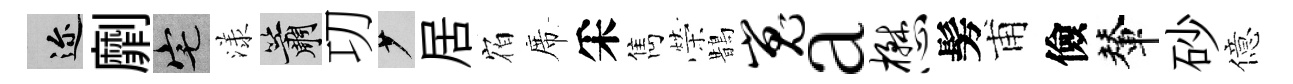
邇劘宅漾簫㓛少居𪧐席采雋榮鵲嵬a懋髣甫儉輦砂億